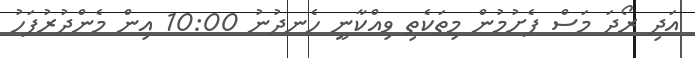
އަދި ރޯދަ މަސް ފެށުމުން މިތަކެތި ވިއްކާނީ ހެނދުނު 10:00 އިން މެންދުރުފަހު